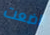
اضعت